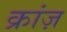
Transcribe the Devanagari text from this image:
क्रांज़